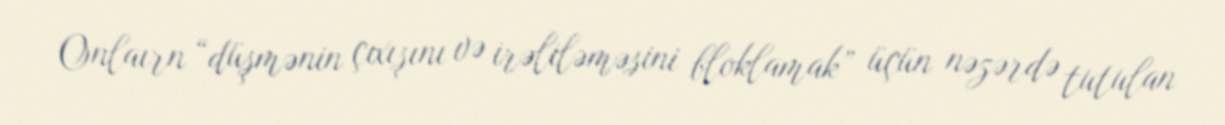
Onlaırn “düşmənin çıxışını və irəliləməsini bloklamak” üçün nəzərdə tutulan